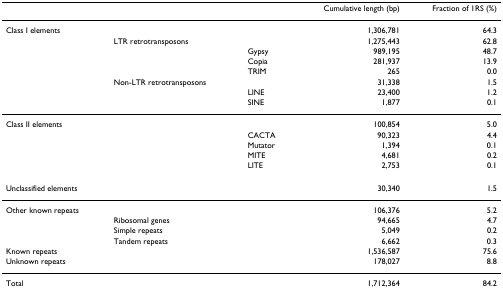
<table><thead><tr><td></td><td></td><td></td><td><b>Cumulative length (bp)</b></td><td><b>Fraction of 1RS (%)</b></td></tr></thead><tbody><tr><td>Class I elements</td><td></td><td></td><td>1,306,781</td><td>64.3</td></tr><tr><td></td><td>LTR retrotransposons</td><td></td><td>1,275,443</td><td>62.8</td></tr><tr><td></td><td></td><td>Gypsy</td><td>989,195</td><td>48.7</td></tr><tr><td></td><td></td><td>Copia</td><td>281,937</td><td>13.9</td></tr><tr><td></td><td></td><td>TRIM</td><td>265</td><td>0.0</td></tr><tr><td></td><td>Non-LTR retrotransposons</td><td></td><td>31,338</td><td>1.5</td></tr><tr><td></td><td></td><td>LINE</td><td>23,400</td><td>1.2</td></tr><tr><td></td><td></td><td>SINE</td><td>1,877</td><td>0.1</td></tr><tr><td>Class II elements</td><td></td><td></td><td>100,854</td><td>5.0</td></tr><tr><td></td><td></td><td>CACTA</td><td>90,323</td><td>4.4</td></tr><tr><td></td><td></td><td>Mutator</td><td>1,394</td><td>0.1</td></tr><tr><td></td><td></td><td>MITE</td><td>4,681</td><td>0.2</td></tr><tr><td></td><td></td><td>LITE</td><td>2,753</td><td>0.1</td></tr><tr><td>Unclassified elements</td><td></td><td></td><td>30,340</td><td>1.5</td></tr><tr><td>Other known repeats</td><td></td><td></td><td>106,376</td><td>5.2</td></tr><tr><td></td><td>Ribosomal genes</td><td></td><td>94,665</td><td>4.7</td></tr><tr><td></td><td>Simple repeats</td><td></td><td>5,049</td><td>0.2</td></tr><tr><td></td><td>Tandem repeats</td><td></td><td>6,662</td><td>0.3</td></tr><tr><td>Known repeats</td><td></td><td></td><td>1,536,587</td><td>75.6</td></tr><tr><td>Unknown repeats</td><td></td><td></td><td>178,027</td><td>8.8</td></tr><tr><td>Total</td><td></td><td></td><td>1,712,364</td><td>84.2</td></tr></tbody></table>